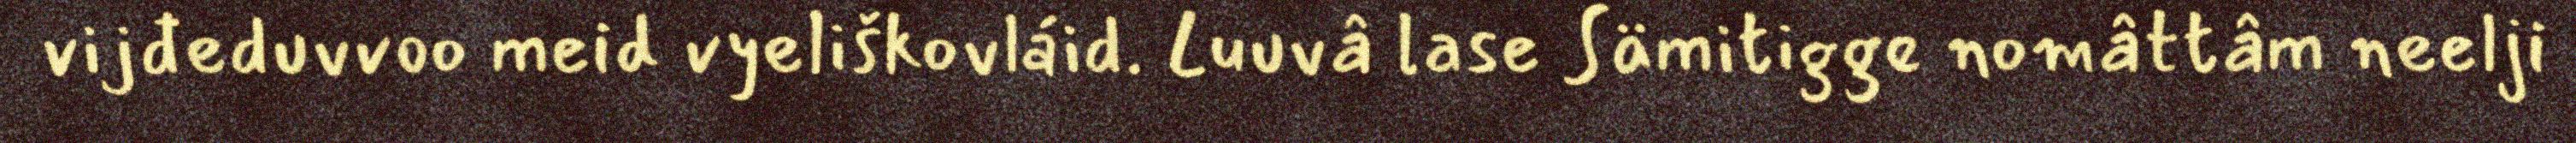
vijđeduvvoo meid vyeliškovláid. Luuvâ lase Sämitigge nomâttâm neelji